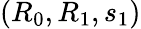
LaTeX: (R_{0},R_{1},s_{1})